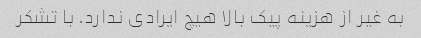
به غیر از هزینه پیک بالا هیچ ایرادی ندارد. با تشکر